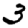
Digit: 3